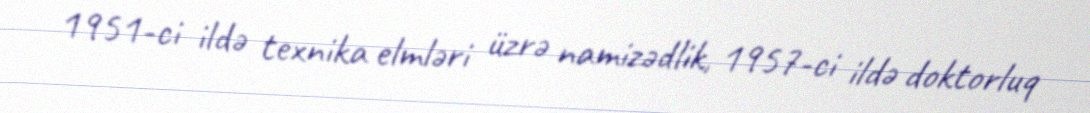
1951-ci ildə texnika elmləri üzrə namizədlik, 1957-ci ildə doktorluq